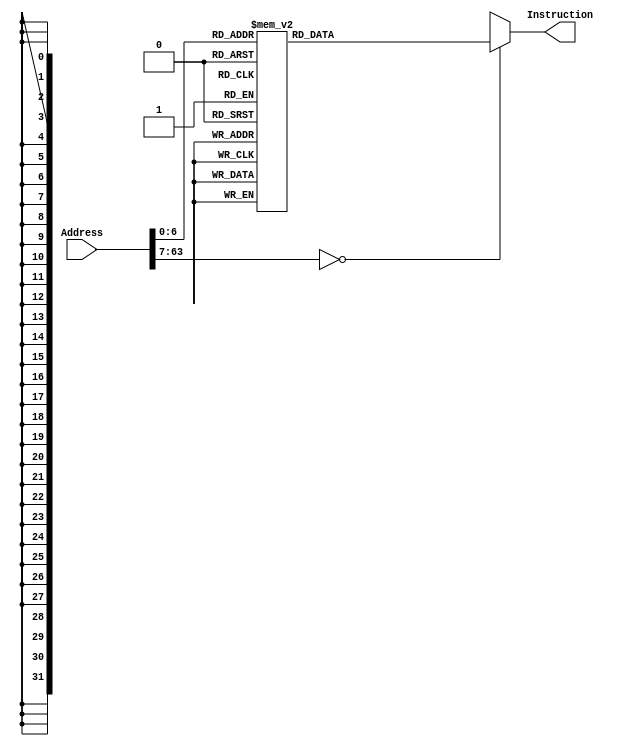
/*
 * Module: InstructionMemory
 *
 * Test - Instructies:
 *
 * 38: ADD X9, XZR, XZR         zero out X9     =>  10001011000 11111 000000 11111 01001
 * 3c: ORRI X9, X9,             load 0x123      =>  1011001000 0001 0010 0011 01001 01001
 * 40: LSL X9, X9, #12          shift over      =>  11010011011 11111 001100 01001 01001
 * 44: ORRI X9, X9,             load 0x456      =>  1011001000 0100 0101 0110 01001 01001
 * 48: LSL X9, X9, #12          shift over      =>  11010011011 11111 001100 01001 01001
 * 4c: ORRI X9, X9,             load 0x789      =>  1011001000 0111 1000 1001 01001 01001
 * 50: LSL X9, X9, #12          shift over      =>  11010011011 11111 001100 01001 01001
 * 54: ORRI X9, X9,             laod 0xabc      =>  1011001000 1010 1011 1100 01001 01001
 * 58: LSL X9, X9, #12          shift over      =>  11010011011 11111 001100 01001 01001  
 * 5c: ORRI X9, X9,             laod 0xdef      =>  1011001000 1101 1110 1111 01001 01001
 * 60: LSL X9, X9, #4           shift over      =>  11010011011 11111 000100 01001 01001
 * xx: STUR X9, [XZR, 0x28]     store to memory =>  11111000000 000101000 00 11111 01001
 * xx: LDUR X10, [XZR, 0x28]    Correct?        =>  11111000010 000101000 00 11111 01010
 *
*/

module InstructionMemory(Instruction, Address);
    input [63:0] Address;            //64bit adres-code

    output [31:0] Instruction;       //32bit instructiecode uitvoer

    reg [31:0] Instruction;
    
    always @ (Address) begin
        case(Address)
	63'h000: Instruction = 32'hF84003E9;
	63'h004: Instruction = 32'hF84083EA;
	63'h008: Instruction = 32'hF84103EB;
	63'h00c: Instruction = 32'hF84183EC;
	63'h010: Instruction = 32'hF84203ED;
	63'h014: Instruction = 32'hAA0B014A;
	63'h018: Instruction = 32'h8A0A018C;
	63'h01c: Instruction = 32'hB400008C;
	63'h020: Instruction = 32'h8B0901AD;
	63'h024: Instruction = 32'hCB09018C;
	63'h028: Instruction = 32'h17FFFFFD;
	63'h02c: Instruction = 32'hF80203ED;
	63'h030: Instruction = 32'hF84203ED;
	63'h038: Instruction = 32'h8B1F03E9; 
	63'h03c: Instruction = 32'hB2048D29; 
	63'h040: Instruction = 32'hD37F3129; 
	63'h044: Instruction = 32'hB2115929;
	63'h048: Instruction = 32'hD37F3129;
	63'h04c: Instruction = 32'hB21E2529; 
	63'h050: Instruction = 32'hD37F3129; 
	63'h054: Instruction = 32'hB22AF129; 
	63'h058: Instruction = 32'hD37F3129; 
	63'h05c: Instruction = 32'hB237BD29; 
	63'h060: Instruction = 32'hD37F1129; 
        63'h064: Instruction = 32'hF80283E9;
        63'h068: Instruction = 32'hF84283EA;
        default: Instruction = 32'hXXXXXXXX;
        endcase
    end
endmodule